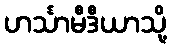
ဟင်္သာမီဒီယာသို့